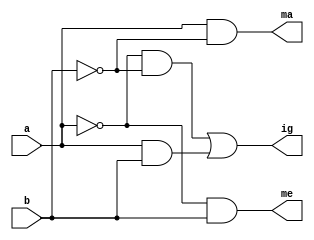
//Nome: Pedro Augusto 
//Projeto: comparador
//Data: 08/09/22

module comparador(ig,me,ma,a,b);

input a,b;
output ig,me,ma;
assign ma = a & ~b;
assign me = ~a & b;
assign ig = (~a & ~b) | (a&b);

endmodule